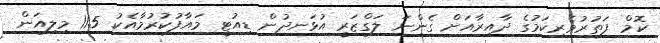
ކޮމް ފަތުރުވެރިކަމުގެ ދާއިރާއަށް ގެންނަ ލަގްޒަރީ އުޅަނދުން ޑިއުޓީ މައާފުކުރުމާއެކު 11.5 މިލިއަން